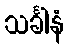
သင်္ခါနံ